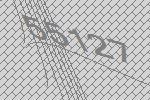
55127